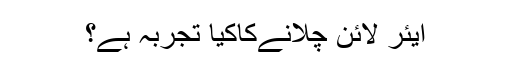
ایئر لائن چلانےکاکیا تجربہ ہے؟